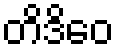
တိဒိဝေ